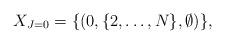
LaTeX: \begin{align*} X_{J=0} = \{ (0, \{2,\ldots,N\}, \emptyset)\},\end{align*}